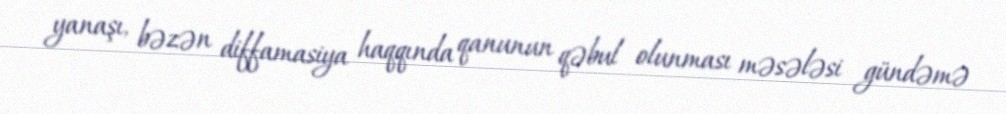
yanaşı, bəzən diffamasiya haqqında qanunun qəbul olunması məsələsi gündəmə